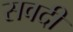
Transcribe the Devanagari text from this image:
सवदी